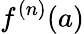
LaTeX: f^{(n)}(a)